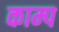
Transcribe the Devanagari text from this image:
काम्प